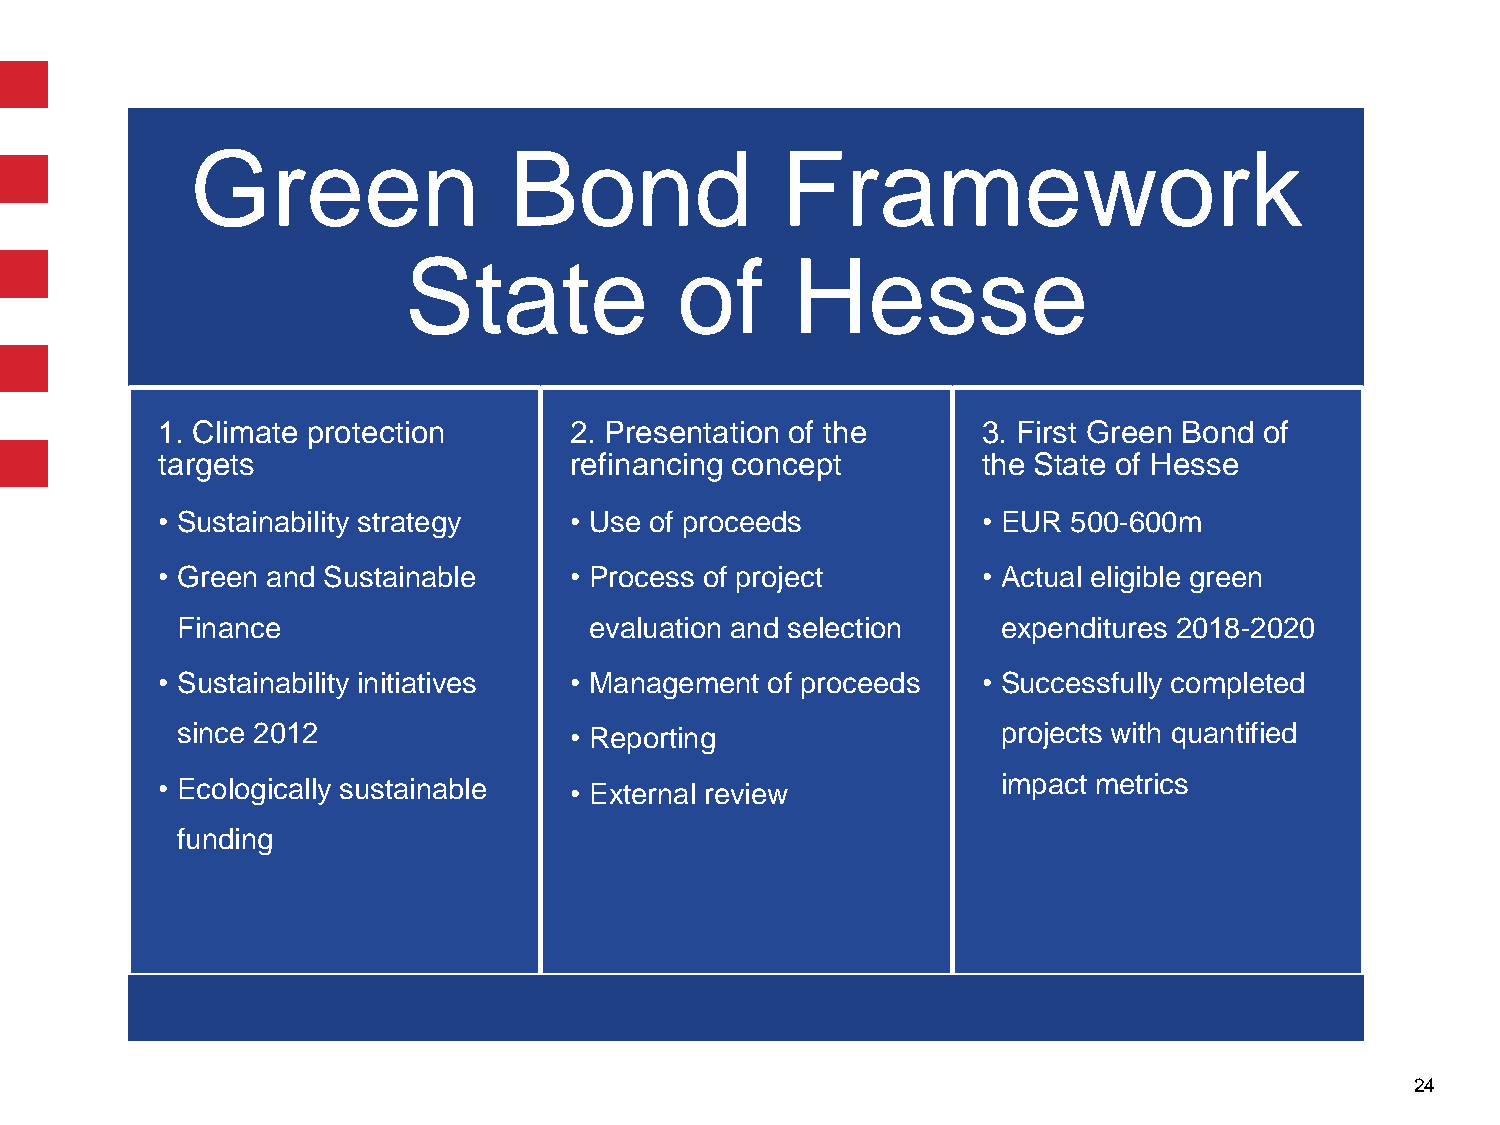
Green                Bond              Framework
 State             of     Hesse
 1. Climate protection       2. Presentation of the     3. First Green Bond of
 targets                     refinancing concept        the State of Hesse
 • Sustainability strategy   • Use of proceeds          • EUR 500-600m
 • Green and Sustainable     • Process of project       • Actual eligible green
 Finance                    evaluation and selection   expenditures 2018-2020
 • Sustainability initiatives • Management of proceeds  • Successfully completed
 since 2012                • Reporting                 projects with quantified
 • Ecologically sustainable  • External review           impact metrics
 funding
 24